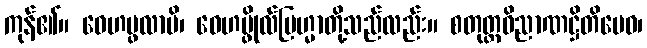
ကုန်၏။ ဝေဟပ္ဖလာပိ၊ ဝေဟပ္ဖိုလ်ဗြဟ္မာတို့သည်လည်း။ စတုတ္ထဝိညာဏဋ္ဌိတိမေဝ၊